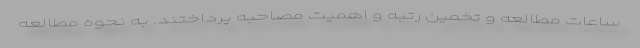
ساعات مطالعه و تخمین رتبه و اهمیت مصاحبه پرداختند. به نحوه مطالعه